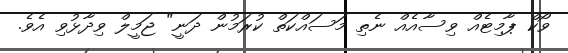
ވޯކް ޕާމިޓެއް ވިސާއެއް ނެތި މަސައްކަތް ކުރަމުން ދަނީ" ޖަމީލް ވިދާޅުވި އެވެ.